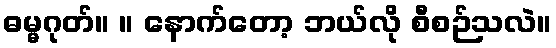
ဓမ္မဂုတ်။ ။ နောက်တော့ ဘယ်လို စီစဉ်သလဲ။